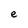
Character: e